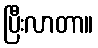
ပြီးလာတာ။